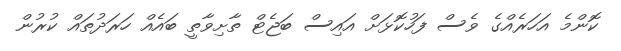
ކޮންމެ އަހަރެއްގެ ވެސް ފަހުކޮޅަށް އައިސް ބަޖެޓް ތާށިވާތީ ބައެއް ހަރަދުތައް ކުރުން